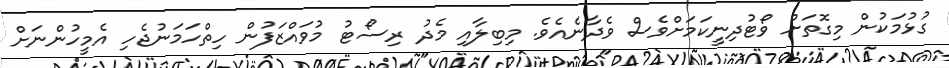
ގުޅުމަކުން މިގޮތަށް ވޯޓުދިނީކަމަށްވެސް ވެދާނެއެވެ. މިބިލާއި މެދު ރިސޯޓު މުވައްޒަފުން ހިތްހަމަނުޖެހި އެމީހުންނަށް